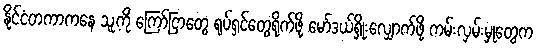
နိုင်ငံတကာကနေ သူ့ကို ကြော်ငြာတွေ ရုပ်ရှင်တွေရိုက်ဖို့ မော်ဒယ်ရှိုးလျှောက်ဖို့ ကမ်းလှမ်းမှုတွေက